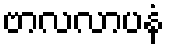
ဗာလလာပနံ